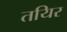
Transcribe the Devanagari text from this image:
तयिर